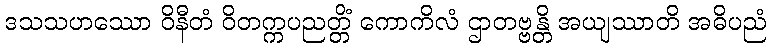
ဒသသဟဿော ဝိနီတံ ဝိတက္ကပညတ္တိံ ကောကိလံ ဌာတဗ္ဗန္တိ အယျဿာတိ အဓိပညံ